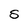
Character: S